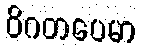
ဝိဂတပေမာ